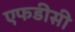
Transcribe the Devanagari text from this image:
एफडीसी